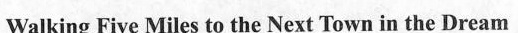
Walking Five Miles to the Next Town in the Dream